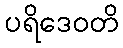
ပရိဒေဝတိ